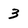
Character: 3